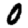
Digit: 0